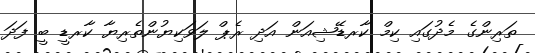
ތަރިންގެ މެދުގައި ކިމް ކާރޑޭޝިއަން އަދި ރެޕް ލަވަކިޔުންތެރިޔާ ކާރޑީ ބީ ފަދަ